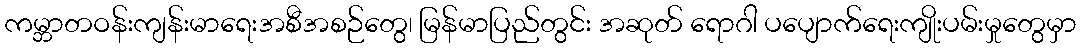
ကမ္ဘာတဝန်းကျန်းမာရေးအစီအစဉ်တွေ၊ မြန်မာပြည်တွင်း အဆုတ် ရောဂါ ပပျောက်ရေးကျိုးပမ်းမှုတွေမှာ